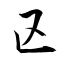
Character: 区